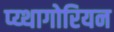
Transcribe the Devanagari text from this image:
प्य्थागोरियन